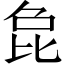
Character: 㲋